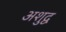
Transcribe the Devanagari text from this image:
अशुद्व